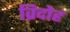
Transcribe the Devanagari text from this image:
व्रिदोह